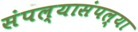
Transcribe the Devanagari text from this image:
संपल्यासंपल्या